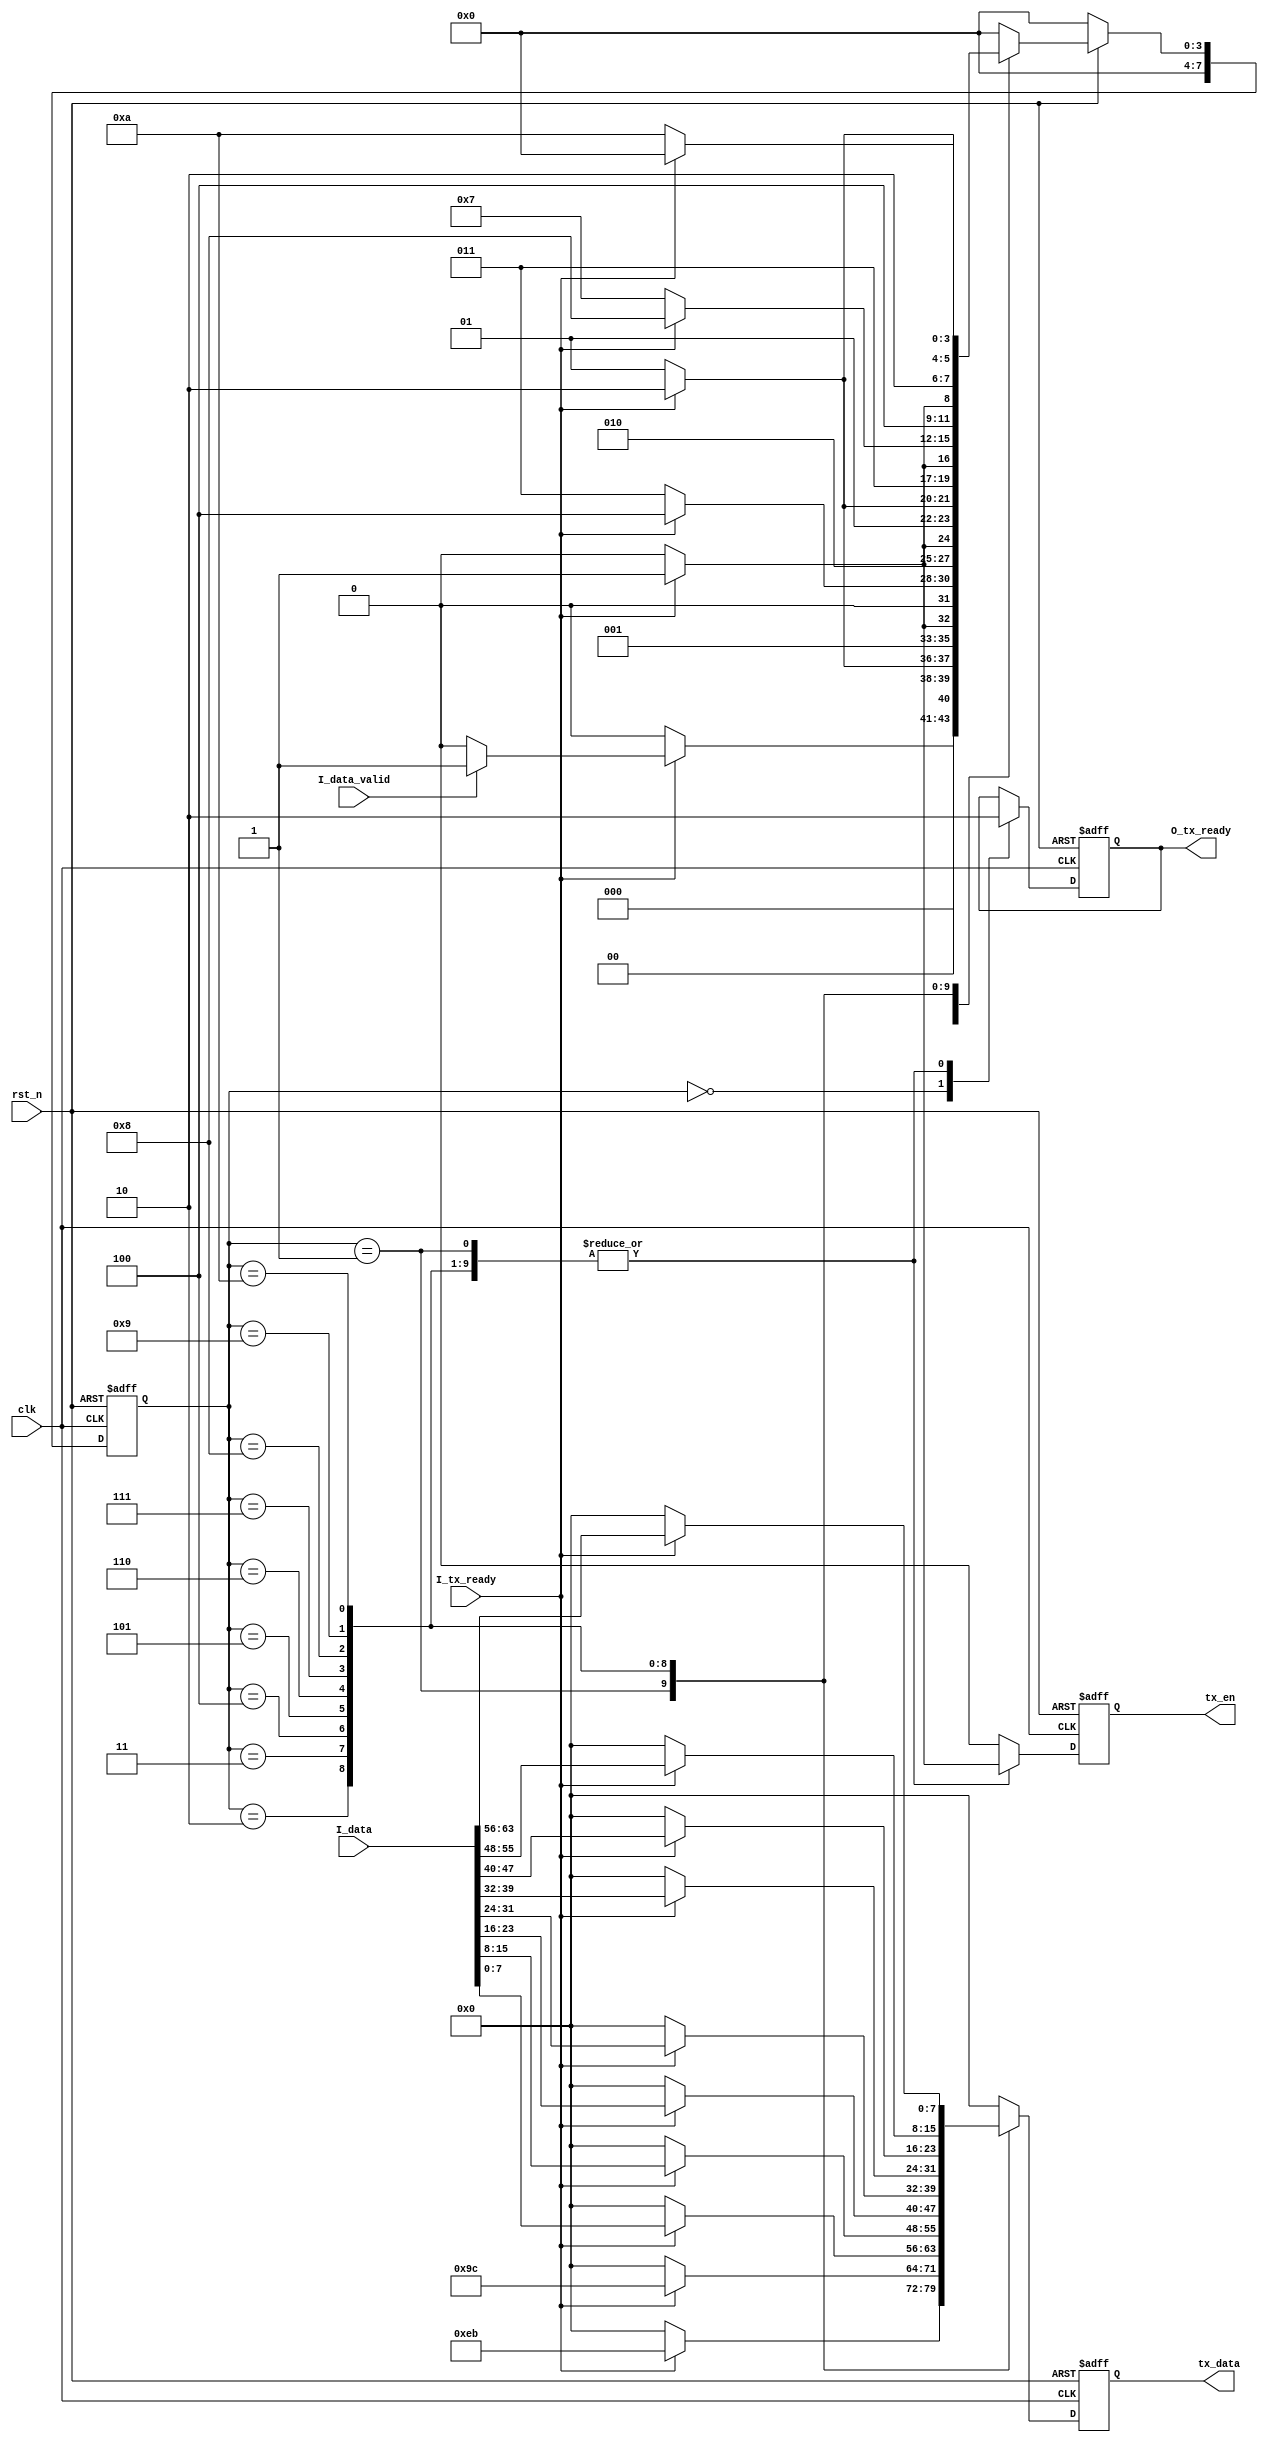
//////////////////////////////////////////////////////////////////////////////////
//
// Company:				ECRIEE(CETC38), Microwave Research Division, Signal Group
// Description:		    send bit and temper message to monitor by UART
//
// Copyright 2015, ECRIEE(CETC38), Microwave Research Division, Signal Group
// All rights reserved.
//
//////////////////////////////////////////////////////////////////////////////////
`timescale 1ns/1ns

module UART_Tx(
	input rst_n,
	input clk,
	input I_tx_ready,

	input	I_data_valid	,
	input[63:0]	I_data      ,

//	input	tx_dac2_trig	,
//	input	tx_dac3_trig	,
//	input	tx_dac4_trig	,



//	input [31:0] O_DAC1_DELAY,
//	input [31:0] O_DAC2_DELAY,
//	input [31:0] O_DAC3_DELAY,
//	input [31:0] O_DAC4_DELAY,

//	input [31:0] O_DAC1_LENGTH,
//	input [31:0] O_DAC2_LENGTH,
//	input [31:0] O_DAC3_LENGTH,
//	input [31:0] O_DAC4_LENGTH,

//	input [31:0] O_DAC1_ADDR,
//	input [31:0] O_DAC2_ADDR,
//	input [31:0] O_DAC3_ADDR,
//	input [31:0] O_DAC4_ADDR,


	output reg tx_en,
	output reg [7:0] tx_data,
	output reg O_tx_ready
);


//*************Parameter Definition begin************//
localparam  [7:0] WAIT_TARNS    = 8'd0; 		//Wait 500ms





localparam  [7:0] FH1_SEND 		= 8'd1; 		//Frame head1: EB
localparam  [7:0] FH2_SEND      	= 8'd2; 		//Frame head2: 9C

localparam  [7:0] FRC1_SEND     	= 8'd3; 		//Frame content1
localparam  [7:0] FRC2_SEND     	= 8'd4; 		//Frame content2
localparam  [7:0] FRC3_SEND     	= 8'd5; 		//Frame content3
localparam  [7:0] FRC4_SEND     	= 8'd6; 		//Frame content4
localparam  [7:0] FRC5_SEND     	= 8'd7; 		//Frame content5
localparam  [7:0] FRC6_SEND     	= 8'd8; 		//Frame content6
localparam  [7:0] FRC7_SEND     	= 8'd9; 		//Frame content7
localparam  [7:0] FRC8_SEND     	= 8'd10; 		//Frame content8


/*
localparam  [7:0] DAC2_FH1_SEND 		= 8'd18; 		//Frame head1: FF
localparam  [7:0] DAC2_FH2_SEND      	= 8'd19; 		//Frame head2: FF
localparam  [7:0] DAC2_FH3_SEND 		= 8'd20; 		//Frame head3: AA
localparam  [7:0] DAC2_FH4_SEND      	= 8'd21; 		//Frame head4: BB
localparam  [7:0] DAC2_FH5_SEND      	= 8'd22; 		//Frame head5: 02
localparam  [7:0] DAC2_FRC1_SEND     	= 8'd23; 		//Frame content1
localparam  [7:0] DAC2_FRC2_SEND     	= 8'd24; 		//Frame content2
localparam  [7:0] DAC2_FRC3_SEND     	= 8'd25; 		//Frame content3
localparam  [7:0] DAC2_FRC4_SEND     	= 8'd26; 		//Frame content4
localparam  [7:0] DAC2_FRC5_SEND     	= 8'd27; 		//Frame content5
localparam  [7:0] DAC2_FRC6_SEND     	= 8'd28; 		//Frame content6
localparam  [7:0] DAC2_FRC7_SEND     	= 8'd29; 		//Frame content7
localparam  [7:0] DAC2_FRC8_SEND     	= 8'd30; 		//Frame content8
localparam  [7:0] DAC2_FRC9_SEND     	= 8'd31; 		//Frame content9
localparam  [7:0] DAC2_FRC10_SEND     	= 8'd32; 		//Frame content10
localparam  [7:0] DAC2_FRC11_SEND     	= 8'd33; 		//Frame content11
localparam  [7:0] DAC2_FRC12_SEND     	= 8'd34; 		//Frame content12



localparam  [7:0] DAC3_FH1_SEND 		= 8'd35; 		//Frame head1: FF
localparam  [7:0] DAC3_FH2_SEND      	= 8'd36; 		//Frame head2: FF
localparam  [7:0] DAC3_FH3_SEND 		= 8'd37; 		//Frame head3: AA
localparam  [7:0] DAC3_FH4_SEND      	= 8'd38; 		//Frame head4: BB
localparam  [7:0] DAC3_FH5_SEND      	= 8'd39; 		//Frame head5: 03
localparam  [7:0] DAC3_FRC1_SEND     	= 8'd40; 		//Frame content1
localparam  [7:0] DAC3_FRC2_SEND     	= 8'd41; 		//Frame content2
localparam  [7:0] DAC3_FRC3_SEND     	= 8'd42; 		//Frame content3
localparam  [7:0] DAC3_FRC4_SEND     	= 8'd43; 		//Frame content4
localparam  [7:0] DAC3_FRC5_SEND     	= 8'd44; 		//Frame content5
localparam  [7:0] DAC3_FRC6_SEND     	= 8'd45; 		//Frame content6
localparam  [7:0] DAC3_FRC7_SEND     	= 8'd46; 		//Frame content7
localparam  [7:0] DAC3_FRC8_SEND     	= 8'd47; 		//Frame content8
localparam  [7:0] DAC3_FRC9_SEND     	= 8'd48; 		//Frame content9
localparam  [7:0] DAC3_FRC10_SEND     	= 8'd49; 		//Frame content10
localparam  [7:0] DAC3_FRC11_SEND     	= 8'd50; 		//Frame content11
localparam  [7:0] DAC3_FRC12_SEND     	= 8'd51; 		//Frame content12


localparam  [7:0] DAC4_FH1_SEND 		= 8'd52; 		//Frame head1: FF
localparam  [7:0] DAC4_FH2_SEND      	= 8'd53; 		//Frame head2: FF
localparam  [7:0] DAC4_FH3_SEND 		= 8'd54; 		//Frame head3: AA
localparam  [7:0] DAC4_FH4_SEND      	= 8'd55; 		//Frame head4: BB
localparam  [7:0] DAC4_FH5_SEND      	= 8'd56; 		//Frame head5: 04
localparam  [7:0] DAC4_FRC1_SEND     	= 8'd57; 		//Frame content1
localparam  [7:0] DAC4_FRC2_SEND     	= 8'd58; 		//Frame content2
localparam  [7:0] DAC4_FRC3_SEND     	= 8'd59; 		//Frame content3
localparam  [7:0] DAC4_FRC4_SEND     	= 8'd60; 		//Frame content4
localparam  [7:0] DAC4_FRC5_SEND     	= 8'd61; 		//Frame content5
localparam  [7:0] DAC4_FRC6_SEND     	= 8'd62; 		//Frame content6
localparam  [7:0] DAC4_FRC7_SEND     	= 8'd63; 		//Frame content7
localparam  [7:0] DAC4_FRC8_SEND     	= 8'd64; 		//Frame content8
localparam  [7:0] DAC4_FRC9_SEND     	= 8'd65; 		//Frame content9
localparam  [7:0] DAC4_FRC10_SEND     	= 8'd66; 		//Frame content10
localparam  [7:0] DAC4_FRC11_SEND     	= 8'd67; 		//Frame content11
localparam  [7:0] DAC4_FRC12_SEND     	= 8'd68; 		//Frame content12

*/

//*************Parameter Definition end************//


//**********various definition begin************//
reg [23:0] cnt_500ms;
reg [7:0] fd_st_cuur;					//FSM:pointer
reg [7:0] fd_st_next;					//FSM:pointer
reg [7:0] CRC_value;
//**********various definition end************//



//**********************************************************************************//
//*******************************main processes start here**************************//
//**********************************************************************************//
//counter for 500ms
always @(posedge clk, negedge rst_n)
begin
	if(~rst_n)
		cnt_500ms <= 24'd0;
	else if(cnt_500ms == 24'h989680)
		cnt_500ms <= 24'd0;
	else
		cnt_500ms <= cnt_500ms + 1'd1;
end



//////////////////////////////////////////////////////////////////////////
////////////////////////// FSM(Three Parts) //////////////////////////////
//////////////////////////////////////////////////////////////////////////
//***************************FSM Part1 begin****************************//
always @(posedge clk, negedge rst_n)
begin
	if(~rst_n)
		fd_st_cuur <= WAIT_TARNS; //initialization
	else
		fd_st_cuur <= fd_st_next;
end
//***************************FSM Part1 end****************************//

//*************************FSM Part2 begin****************************//
always @(*)
begin
	if(~rst_n)
		fd_st_next = WAIT_TARNS;
	else
	begin
		case(fd_st_cuur)
		WAIT_TARNS:
		begin
			if(I_tx_ready)
			begin
				if(I_data_valid)
					fd_st_next = FH1_SEND;
				else
					fd_st_next = WAIT_TARNS;
			end
			else
				fd_st_next = WAIT_TARNS;
		end
		FH1_SEND:
		begin
			if(I_tx_ready)
				fd_st_next = FH2_SEND;
			else
				fd_st_next = FH1_SEND;
		end
		FH2_SEND:
		begin
			if(I_tx_ready)
				fd_st_next = FRC1_SEND;
			else
				fd_st_next = FH2_SEND;
		end
		FRC1_SEND:
		begin
			if(I_tx_ready)
				fd_st_next = FRC2_SEND;
			else
				fd_st_next = FRC1_SEND;
		end
		FRC2_SEND:
		begin
			if(I_tx_ready)
				fd_st_next = FRC3_SEND;
			else
				fd_st_next = FRC2_SEND;
		end
		FRC3_SEND:
		begin
			if(I_tx_ready)
				fd_st_next = FRC4_SEND;
			else
				fd_st_next = FRC3_SEND;
		end
		FRC4_SEND:
		begin
			if(I_tx_ready)
				fd_st_next = FRC5_SEND;
			else
				fd_st_next = FRC4_SEND;
		end
		FRC5_SEND:
		begin
			if(I_tx_ready)
				fd_st_next = FRC6_SEND;
			else
				fd_st_next = FRC5_SEND;
		end
		FRC6_SEND:
		begin
			if(I_tx_ready)
				fd_st_next = FRC7_SEND;
			else
				fd_st_next = FRC6_SEND;
		end
		FRC7_SEND:
		begin
			if(I_tx_ready)
				fd_st_next = FRC8_SEND;
			else
				fd_st_next = FRC7_SEND;
		end
		FRC8_SEND:
		begin
			if(I_tx_ready)
				fd_st_next = WAIT_TARNS;
			else
				fd_st_next = FRC8_SEND;
		end



		default:
		begin
			fd_st_next = WAIT_TARNS;
		end
		endcase
	end
end
//*************************FSM Part2 end****************************//

//*************************FSM Part3 begin****************************//
always @(posedge clk, negedge rst_n)
begin
	if(~rst_n)
	begin
		tx_en <= 1'd0;
		tx_data <= 8'd0;
		CRC_value <= 8'd0;
		O_tx_ready	<=	1'b0;
	end
	else
	begin
		case(fd_st_cuur)
		WAIT_TARNS:
		begin
			tx_en <= 1'd0;
			tx_data <= 8'h0;
			CRC_value <= 8'd0;
			O_tx_ready	<=	1'b1;
		end
		FH1_SEND:
		begin
			if(I_tx_ready)
			begin
				tx_en <= 1'd1;
				tx_data <= 8'heb;
				CRC_value <= 8'heb;
				O_tx_ready	<=	1'b0;
			end
			else
			begin
				tx_en <= 1'd0;
				tx_data <= 8'h0;
				CRC_value <= CRC_value;
				O_tx_ready	<=	1'b0;
			end
		end
		FH2_SEND:
		begin
			if(I_tx_ready)
			begin
				tx_en <= 1'd1;
				tx_data <= 8'h9c;
				CRC_value <= CRC_value + 8'h9c;
				O_tx_ready	<=	1'b0;
			end
			else
			begin
				tx_en <= 1'd0;
				tx_data <= 8'h0;
				CRC_value <= CRC_value;
				O_tx_ready	<=	1'b0;
			end
		end
		FRC1_SEND:
		begin
			if(I_tx_ready)
			begin
				tx_en <= 1'd1;
				tx_data <= I_data[7:0];
				CRC_value <= CRC_value + I_data[7:0];
				O_tx_ready	<=	1'b0;
			end
			else
			begin
				tx_en <= 1'd0;
				tx_data <= 8'h0;
				CRC_value <= CRC_value;
				O_tx_ready	<=	1'b0;
			end
		end
		FRC2_SEND:
		begin
			if(I_tx_ready)
			begin
				tx_en <= 1'd1;
				tx_data <= I_data[15:8];
				CRC_value <= CRC_value + I_data[15:8];
				O_tx_ready	<=	1'b0;
			end
			else
			begin
				tx_en <= 1'd0;
				tx_data <= 8'h0;
				CRC_value <= CRC_value;
				O_tx_ready	<=	1'b0;
			end
		end
		FRC3_SEND:
		begin
			if(I_tx_ready)
			begin
				tx_en <= 1'd1;
				tx_data <= I_data[23:16];
				CRC_value <= CRC_value + I_data[23:16];
				O_tx_ready	<=	1'b0;
			end
			else
			begin
				tx_en <= 1'd0;
				tx_data <= 8'h0;
				CRC_value <= CRC_value;
				O_tx_ready	<=	1'b0;
			end
		end
		FRC4_SEND:
		begin
			if(I_tx_ready)
			begin
				tx_en <= 1'd1;
				tx_data <= I_data[31:24];
				CRC_value <= CRC_value + I_data[31:24];
				O_tx_ready	<=	1'b0;
			end
			else
			begin
				tx_en <= 1'd0;
				tx_data <= 8'h0;
				CRC_value <= CRC_value;
				O_tx_ready	<=	1'b0;
			end
		end
		FRC5_SEND:
		begin
			if(I_tx_ready)
			begin
				tx_en <= 1'd1;
				tx_data <= I_data[39:32];
				CRC_value <= CRC_value + I_data[39:32];
				O_tx_ready	<=	1'b0;
			end
			else
			begin
				tx_en <= 1'd0;
				tx_data <= 8'h0;
				CRC_value <= CRC_value;
				O_tx_ready	<=	1'b0;
			end
		end
		FRC6_SEND:
		begin
			if(I_tx_ready)
			begin
				tx_en <= 1'd1;
				tx_data <= I_data[47:40];
				CRC_value <= CRC_value + I_data[47:40];
				O_tx_ready	<=	1'b0;
			end
			else
			begin
				tx_en <= 1'd0;
				tx_data <= 8'h0;
				CRC_value <= CRC_value;
				O_tx_ready	<=	1'b0;
			end
		end
		FRC7_SEND:
		begin
			if(I_tx_ready)
			begin
				tx_en <= 1'd1;
				tx_data <= I_data[55:48];
				CRC_value <= CRC_value + I_data[55:48];
				O_tx_ready	<=	1'b0;
			end
			else
			begin
				tx_en <= 1'd0;
				tx_data <= 8'h0;
				CRC_value <= CRC_value;
				O_tx_ready	<=	1'b0;
			end
		end
		FRC8_SEND:
		begin
			if(I_tx_ready)
			begin
				tx_en <= 1'd1;
				tx_data <= I_data[63:56];
				CRC_value <= CRC_value + I_data[63:56];
				O_tx_ready	<=	1'b0;
			end
			else
			begin
				tx_en <= 1'd0;
				tx_data <= 8'h0;
				CRC_value <= CRC_value;
				O_tx_ready	<=	1'b0;
			end
		end

		default:
		begin
			tx_en <= 1'd0;
			tx_data <= 8'h0;
			CRC_value <= 8'd0;
		end
		endcase
	end
end
//*************************FSM Part3 end****************************//

/*
ila_tx ila_tx1 (
	.clk(clk), // input wire clk
	.probe0(fd_st_next), // input wire [7:0]  probe0
	.probe1(tx_en), // input wire [0:0]  probe1
	.probe2(tx_dac1_trig), // input wire [0:0]  probe2
	.probe3(tx_ready) // input wire [0:0]  probe3
);
*/



endmodule